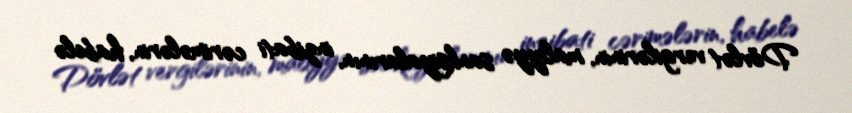
Dövlət vergilərinin, maliyyə sanksiyalarının, inzibati cərimələrin, habelə